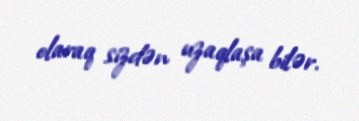
olaraq sizdən uzaqlaşa bilər.